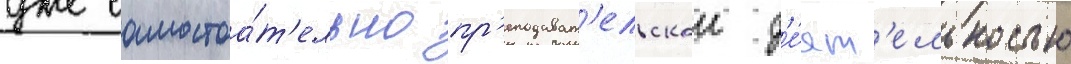
уже самостоа́т'ельно пр'еподават'ельскои д'е́ят'ельностью